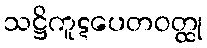
သဋ္ဌိကူဋပေတဝတ္ထု